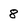
Character: 8